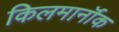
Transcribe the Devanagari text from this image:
किलमार्नॉक